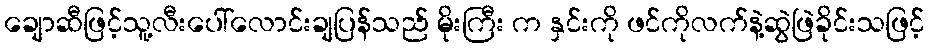
ချောဆီဖြင့်သူ့လီးပေါ်လောင်းချပြန်သည် မိုးကြီး က နှင်းကို ဖင်ကိုလက်နဲ့ဆွဲဖြဲခိုင်းသဖြင့်